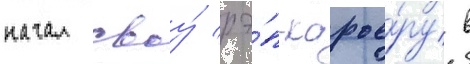
начал своу́ рэ́п-карье́ру в